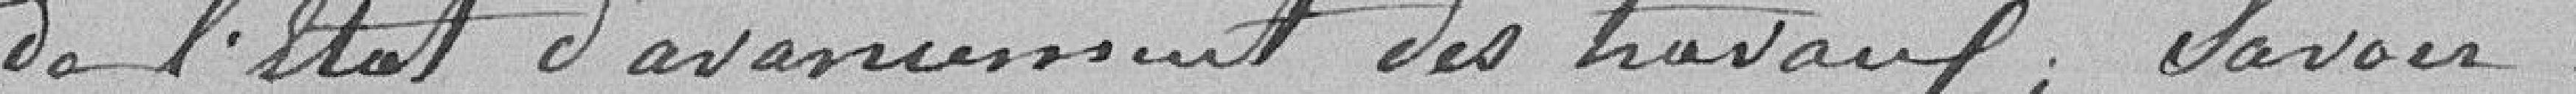
de l'état d'avancement des travaux, savoir :